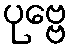
ပုဗ္ဗေ